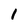
Character: 1